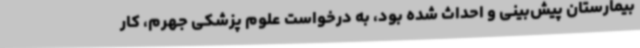
بیمارستان پیش‌بینی و احداث شده بود، به درخواست علوم پزشکی جهرم، کار